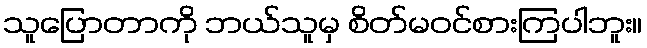
သူပြောတာကို ဘယ်သူမှ စိတ်မဝင်စားကြပါဘူး။